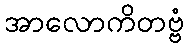
အာလောကိတဗ္ဗံ